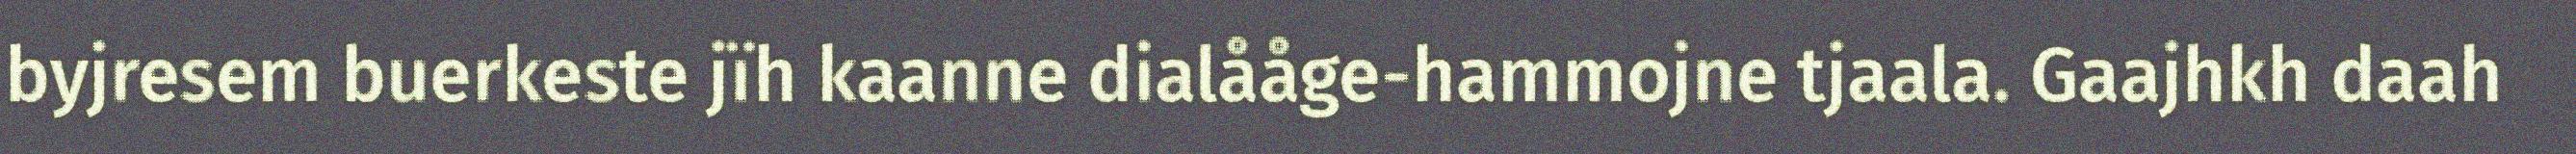
byjresem buerkeste jïh kaanne dialååge-hammojne tjaala. Gaajhkh daah